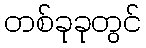
တစ်ခုခုတွင်